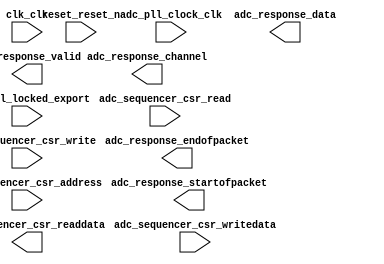

module adc (
	adc_pll_clock_clk,
	adc_pll_locked_export,
	adc_response_valid,
	adc_response_channel,
	adc_response_data,
	adc_response_startofpacket,
	adc_response_endofpacket,
	adc_sequencer_csr_address,
	adc_sequencer_csr_read,
	adc_sequencer_csr_write,
	adc_sequencer_csr_writedata,
	adc_sequencer_csr_readdata,
	clk_clk,
	reset_reset_n);	

	input		adc_pll_clock_clk;
	input		adc_pll_locked_export;
	output		adc_response_valid;
	output	[4:0]	adc_response_channel;
	output	[11:0]	adc_response_data;
	output		adc_response_startofpacket;
	output		adc_response_endofpacket;
	input		adc_sequencer_csr_address;
	input		adc_sequencer_csr_read;
	input		adc_sequencer_csr_write;
	input	[31:0]	adc_sequencer_csr_writedata;
	output	[31:0]	adc_sequencer_csr_readdata;
	input		clk_clk;
	input		reset_reset_n;
endmodule